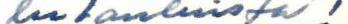
lulauluista!